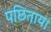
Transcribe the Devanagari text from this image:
पछिताय।